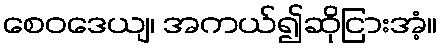
စေဝဒေယျ၊ အကယ်၍ဆိုငြားအံ့။